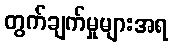
တွက်ချက်မှုများအရ